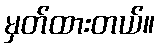
မှတ်ထားတယ်။